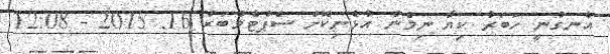
އެނގުނީ ހަބަރު ކިޔާ ނިމެން އުޅެނިކޮށް ސެޕްޓެމްބަރު 16